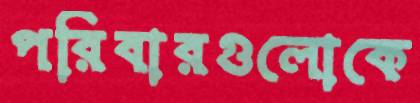
পরিবারগুলোকে